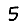
Digit: 5